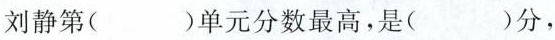
刘静第（）单元分数最高，是（）分，